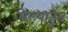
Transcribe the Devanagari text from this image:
पेल्यातून